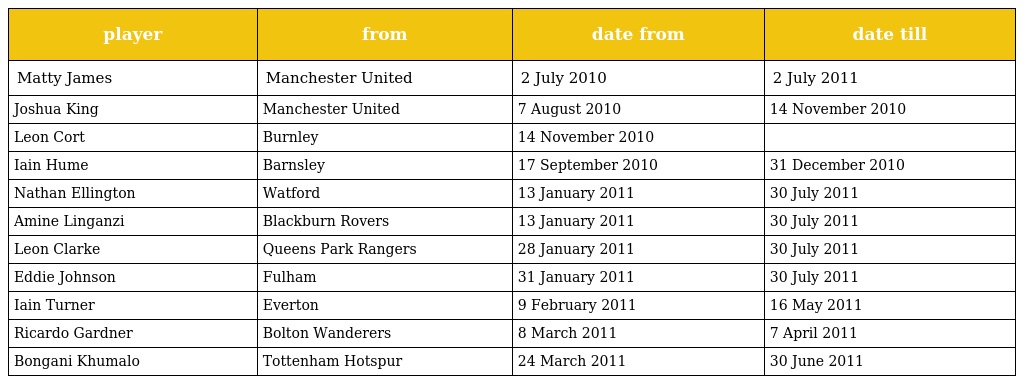
| player | from | date from | date till |
 | --- | --- | --- | --- |
 | Matty James | Manchester United | 2 July 2010 | 2 July 2011 |
 | Joshua King | Manchester United | 7 August 2010 | 14 November 2010 |
 | Leon Cort | Burnley | 14 November 2010 |  |
 | Iain Hume | Barnsley | 17 September 2010 | 31 December 2010 |
 | Nathan Ellington | Watford | 13 January 2011 | 30 July 2011 |
 | Amine Linganzi | Blackburn Rovers | 13 January 2011 | 30 July 2011 |
 | Leon Clarke | Queens Park Rangers | 28 January 2011 | 30 July 2011 |
 | Eddie Johnson | Fulham | 31 January 2011 | 30 July 2011 |
 | Iain Turner | Everton | 9 February 2011 | 16 May 2011 |
 | Ricardo Gardner | Bolton Wanderers | 8 March 2011 | 7 April 2011 |
 | Bongani Khumalo | Tottenham Hotspur | 24 March 2011 | 30 June 2011 |